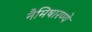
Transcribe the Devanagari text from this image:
नैमिषारण्ये